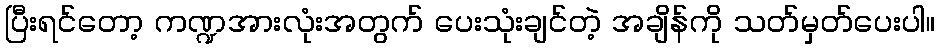
ပြီးရင်တော့ ကဏ္ဍအားလုံးအတွက် ပေးသုံးချင်တဲ့ အချိန်ကို သတ်မှတ်ပေးပါ။